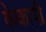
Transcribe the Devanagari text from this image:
केकायी